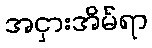
အငှားအိမ်ရာ